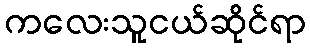
ကလေးသူငယ်ဆိုင်ရာ